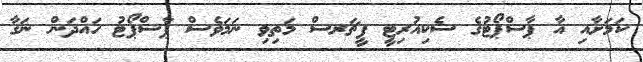
ކަމަށާއި އާ ޕާސްޕޯޓުގެ ސެކިއުރިޓީ ފީޗަރސް މަތިވި ނަމަވެސް ޕާސްޕޯޓު ހައްދަން ނަގާ